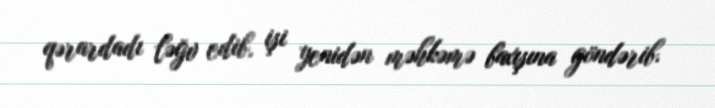
qərardadı ləğv edib, işi yenidən məhkəmə baxışına göndərib.